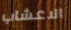
الاعشاب